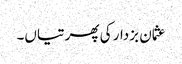
عثمان بزدار کی پھرتیاں۔